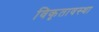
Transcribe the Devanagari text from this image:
विकृतावस्था